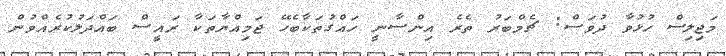
މަޖިލިސް ހުޅުވާ ދުވަސް: ޗެމްބަރު ތެރެ އިންސާނީ ހައްގުތަކާބެހޭ ޖަމިއްޔާތަކާ ރައީސް ބައްދަލުކުރެއްވުން